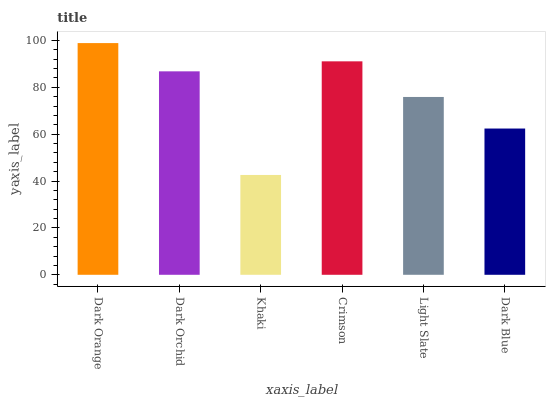
| xaxis_label | bars |
 | --- | --- |
 | Dark Orange | 98.9 |
 | Dark Orchid | 86.8 |
 | Khaki | 42.6 |
 | Crimson | 91.1 |
 | Light Slate | 75.9 |
 | Dark Blue | 62.4 |